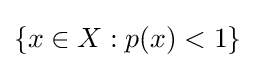
\{x\in X:p(x)<1\}